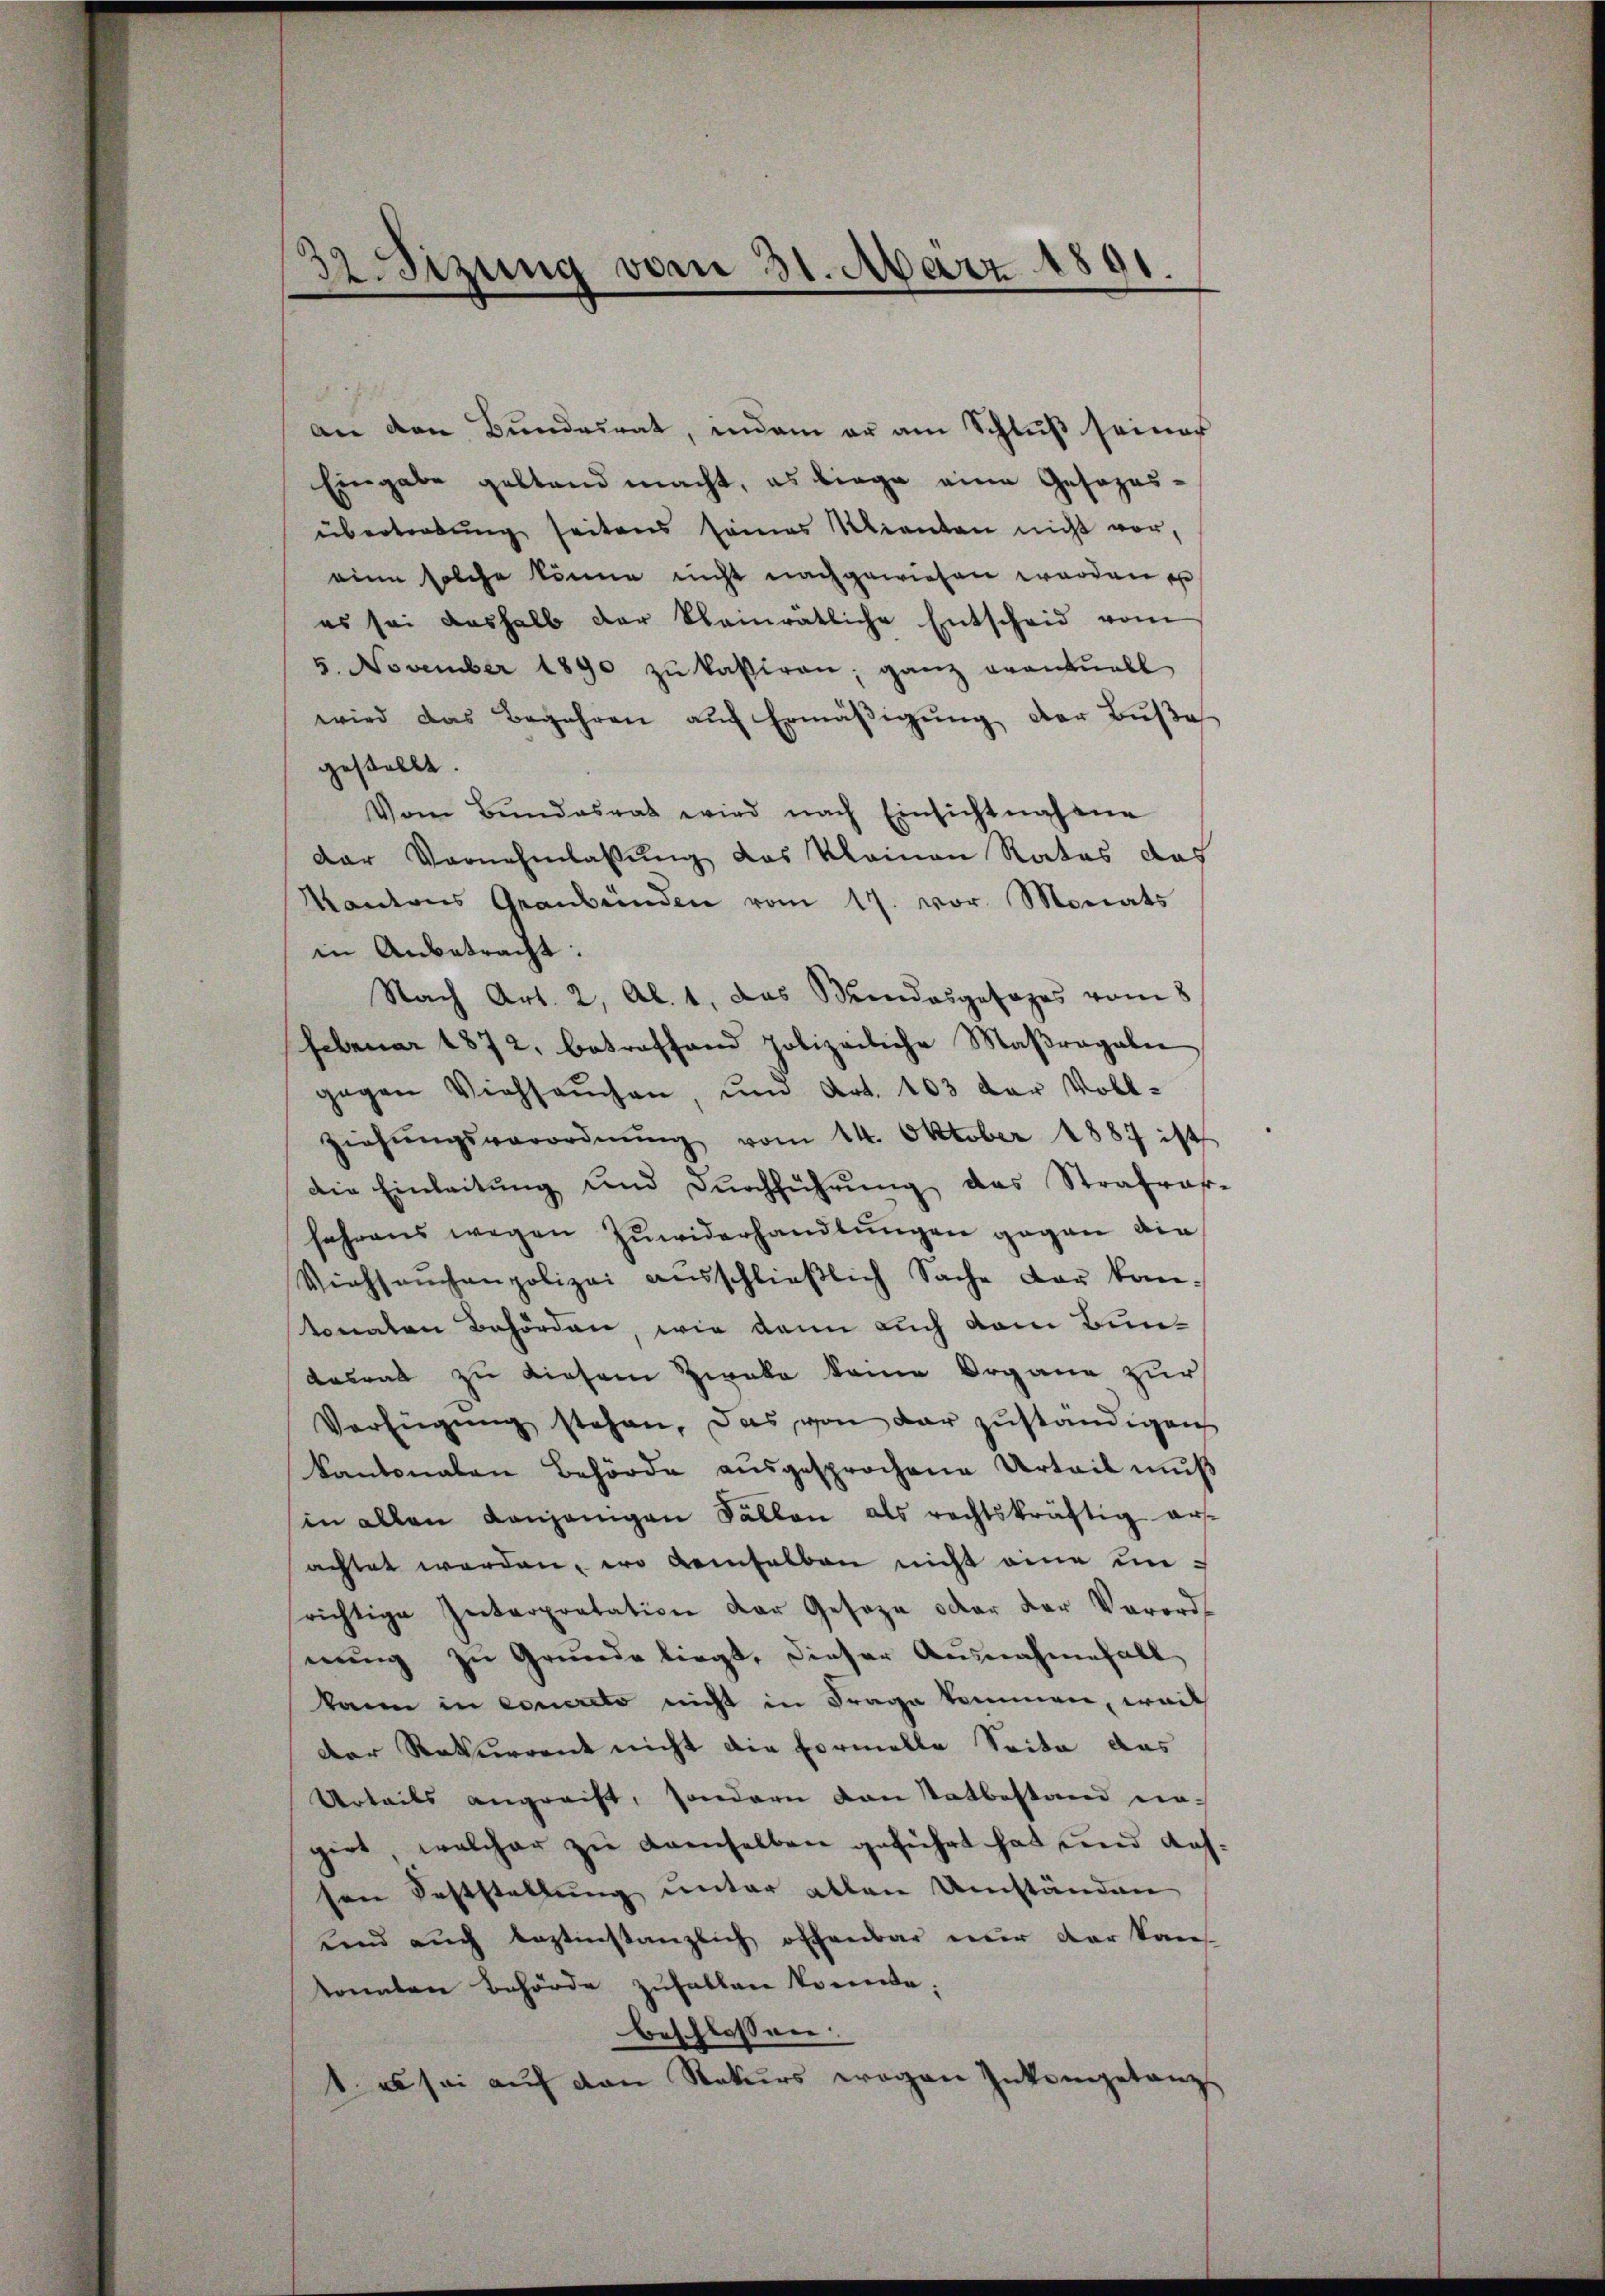
32 Sizung vom 31. März 1891.

an den Bŭndesrat, indem er am Schlŭβ seiner
Eingabe geltend macht, es biege eine Gesezesübertretŭng seitens seines Mienten nicht vor,
eine solche könne nicht nachgewiesen worden e
es sei deshalb der klainrätliche Entscheid vom
5. November 1890 zŭ kasiren; ganz eventuell
wird das Begehren auf Ermäßigung der Buße
gestellt.
Vom Bŭndesrat wird nach Einsichtnahme
der Vornehmlassung das klainen Rates das
Kantons Graubünden vom 17. vor. Monats
in Anbetracht:
Nach Art. 2, Al. 1, das Mindesgesages vom 8
Februar 1872, betreffend polizeiliche Maßregeln
gegen Viehsaŭchen, ŭm Art. 103 der Voll-
ziehŭngsverordnŭng vom 14. Oktober 1887 ist
die Einleitŭng und Dŭrchführŭng das Strafras-
fahrens wegen Zuwiderhandlungen gegen die
Viehsaŭchenpolizei ausschlieβlich Sache der kantonalen Behörden, wie dann auch vom Bundasrat zu diesem Zweke kame Organe zur
Verfügŭng stehen, das von der zuständigen
kantonalen Behörde ausgesprochene Urteil muß
in allen Kanjenigen Fällen als rechtskräftig ausachtet werden, wo demselben nicht eine unrichtige Interpretation der Geseze oder der Verordnŭng zu Grunde liegt, dieser Ausnahmefall
kann in concreto nicht in Frage kommen, weit
Der Rekurrent nicht die Formelle Seite das
Urteils angreift, sondern von Statbestand eingirt, welcher zu demselben geführt hat und dahsen Feststellŭng ŭnter allen Umständen
unnd auch leztinstanzlich offenbar nur der kan
konnten Behörde zufallen konnte.
beschlossen:
1. es sei auf den Rekurs wegen Inkompetanz